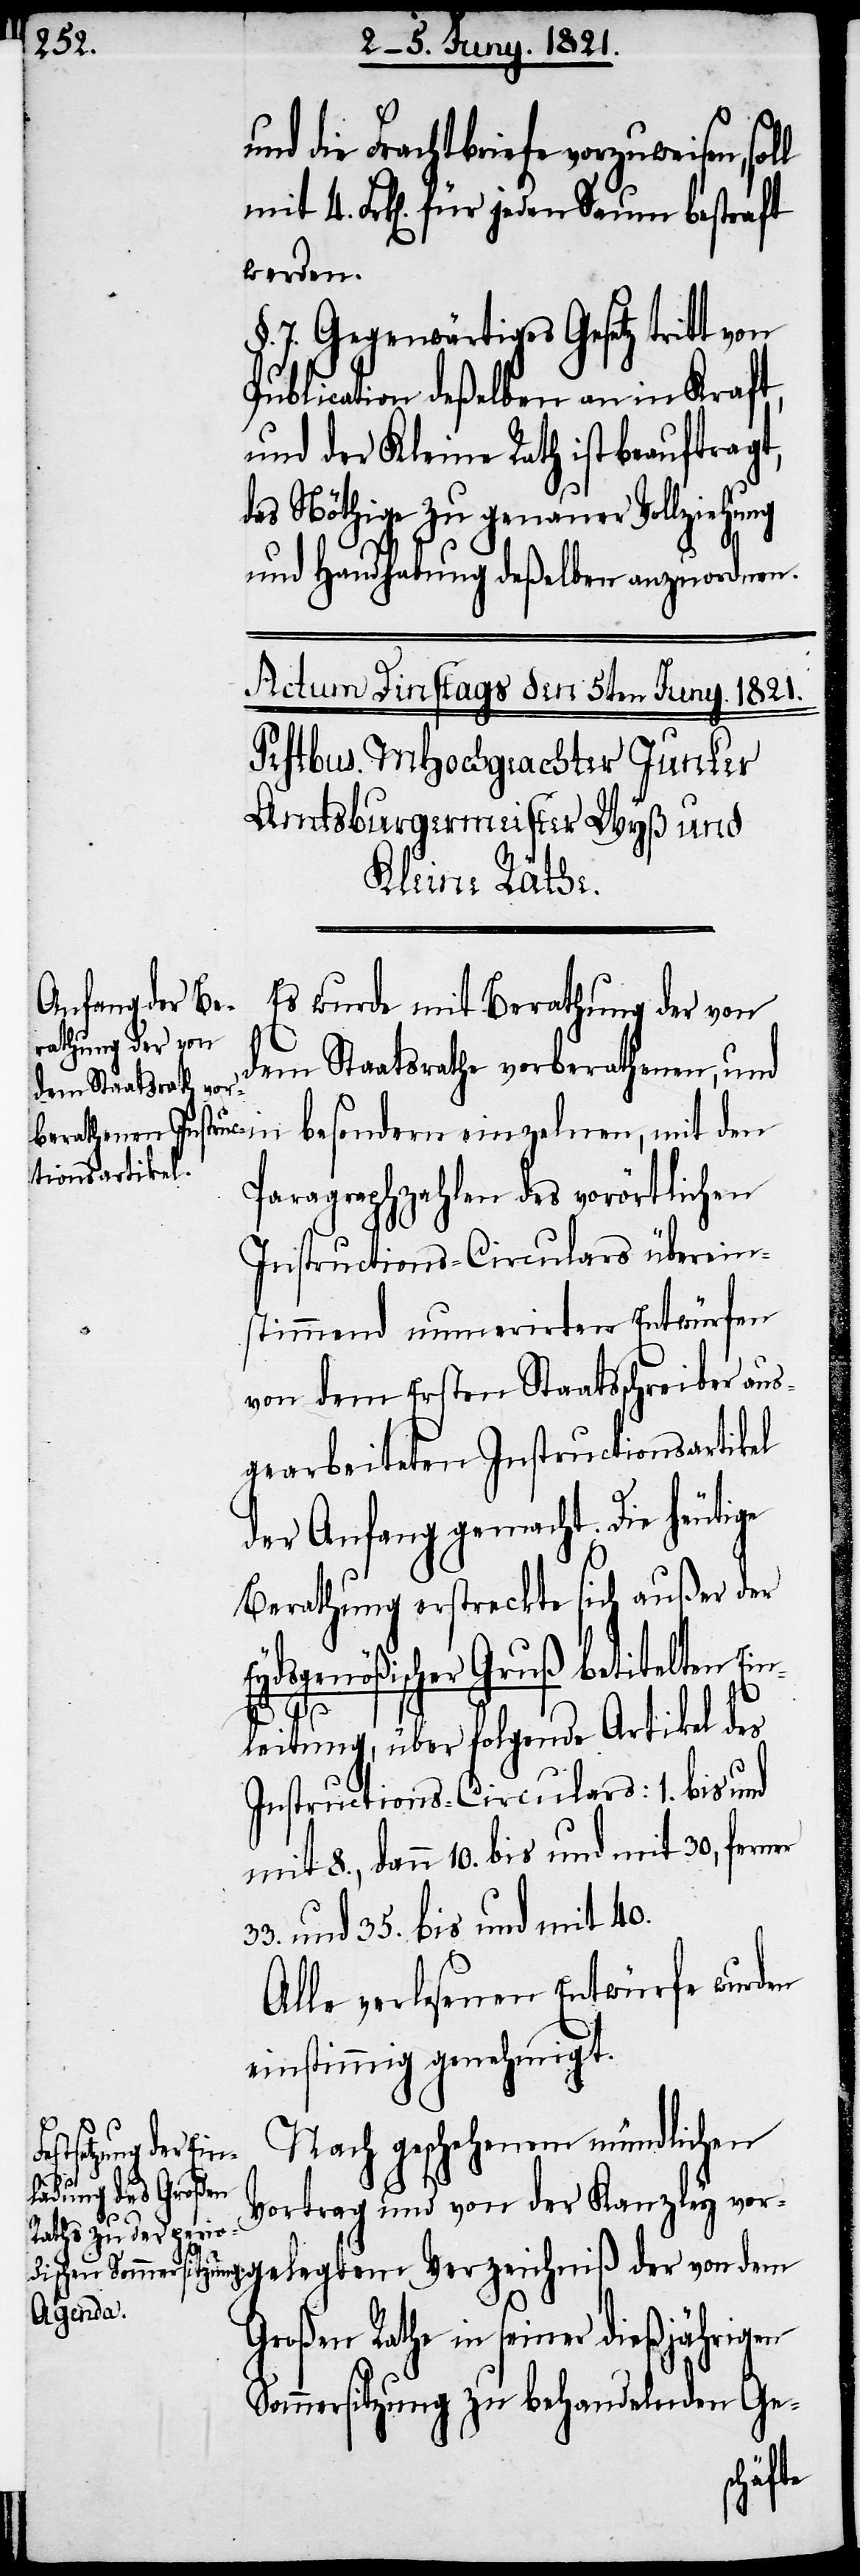
und die Frachtbriefe vorzuweisen,
mit 4. Frk[en]. für jeden Saum bestraft
werden.
7. Gegenwärtiges Gesetz tritt von
Publication deßelben an in Kraft,
und der Kleine Rath ist beauftragt,
das Nöthige zu genauer Vollziehung
und Handhabung deßelben anzuordnen.
Es wurde mit Berathung der von
dem Staatsrathe vor¬
berathenen, und in besondern einzelnen, mit den
Paragraphenzahlen des vorörtlichen
Instructions-Circulars überein¬
stimmend numerirten Entwürfen
von dem Ersten Staatsschreiber aus¬
gearbeiteten Instructionsartikel
der Anfang gemacht. Die heutige
Berathung erstreckte sich außer der
gelegtem Verzeichniß der von dem
n¬
33.
leitung, über folgende Artikel des
Instructions-Circulars: 1. bis und
mit 8., dann 10. bis und mit 30, ferner
und 35. bis und mit 40.
Alle verlesenen Entwürfe wurden
einstimmig genehmigt.
Nach geschehenem mündlichen
Vortrag und von der Kanzley vor¬
Großen Rathe in seiner dießjährigen
Sommersitzung zu behandelnden Ge-